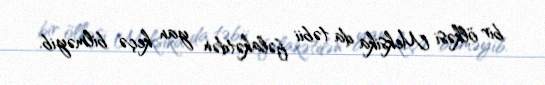
bir ölkəsi Meksika da təbii fəlakətdən yan keçə bilməyib.